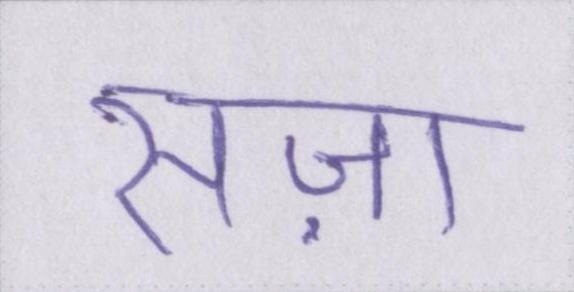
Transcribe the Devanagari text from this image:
सज़ा